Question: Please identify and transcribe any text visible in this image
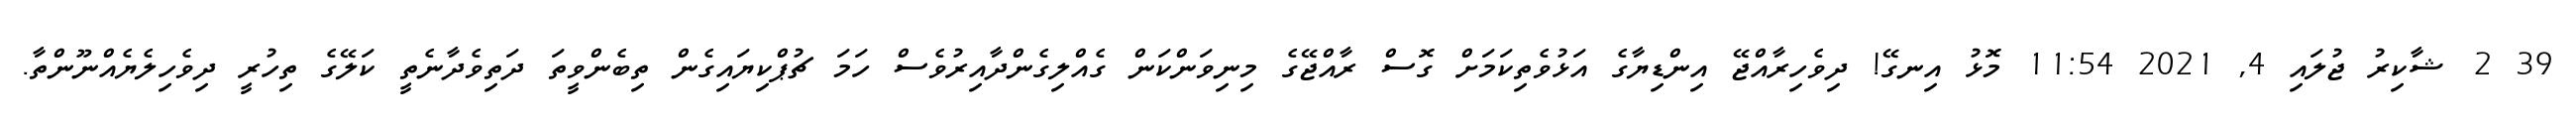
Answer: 39 2 ޝާކިރު ޖުލައި 4, 2021 11:54 މޮޅު އިނގޭ! ދިވެހިރާއްޖޭ އިންޑިޔާގެ އަޅުވެތިކަމަށް ގޮސް ރާއްޖޭގެ މިނިވަންކަން ގެއްލިގެންދާއިރުވެސް ހަމަ ޗުޕްކިޔައިގެން ތިބެންވީތަ ދަތިވެދާނެތީ ކަލޭގެ ތިހުރީ ދިވެހިލެޔެއްނޫންތާ.